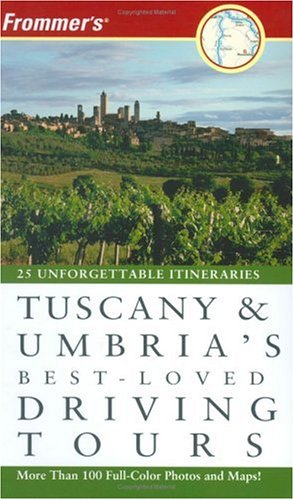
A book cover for Frommer's Tuscany & Umbria's Best-Loved Driving Tours; British Auto Association; Travel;